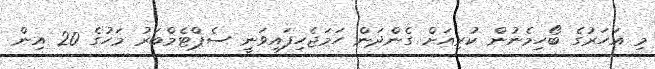
މި އަހަރުގެ ބޯހިމެނުން ކުރިއަށް ގެންދަން ހަމަޖެހިފައިވަނީ ސެޕްޓެމްބަރު މަހުގެ 20 އިން